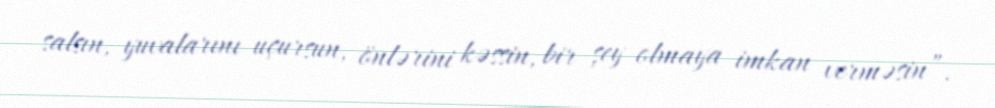
salsın, yuvalarını uçursun, önlərini kəssin, bir şey olmaya imkan verməsin”.